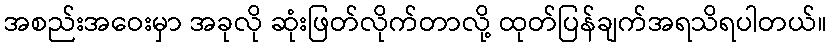
အစည်းအဝေးမှာ အခုလို ဆုံးဖြတ်လိုက်တာလို့ ထုတ်ပြန်ချက်အရသိရပါတယ်။